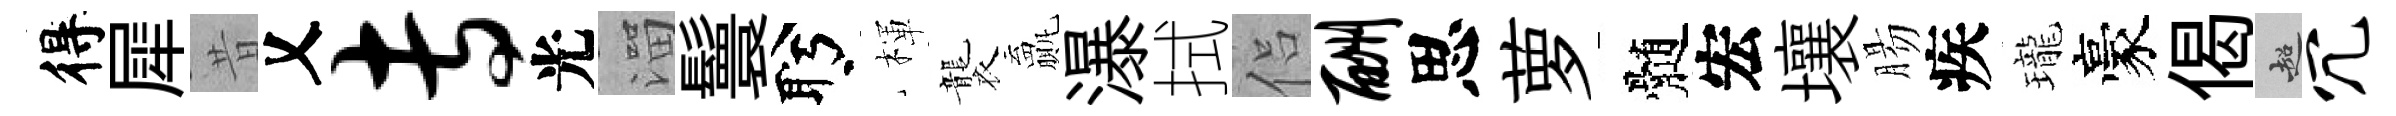
得犀昔乂专光溜鬟盻楎襲贏瀑拭侣酬思萝髄宏壤腸疾瓏豪偈超冗